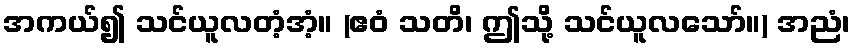
အကယ်၍ သင်ယူလတံ့အံ့။ (ဧဝံ သတိ၊ ဤသို့ သင်ယူလသော်။) အညံ၊